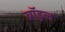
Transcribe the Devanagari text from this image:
ब्रॉइल